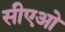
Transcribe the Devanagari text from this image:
सीएओ